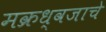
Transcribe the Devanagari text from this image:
मक्रध्वजाचे